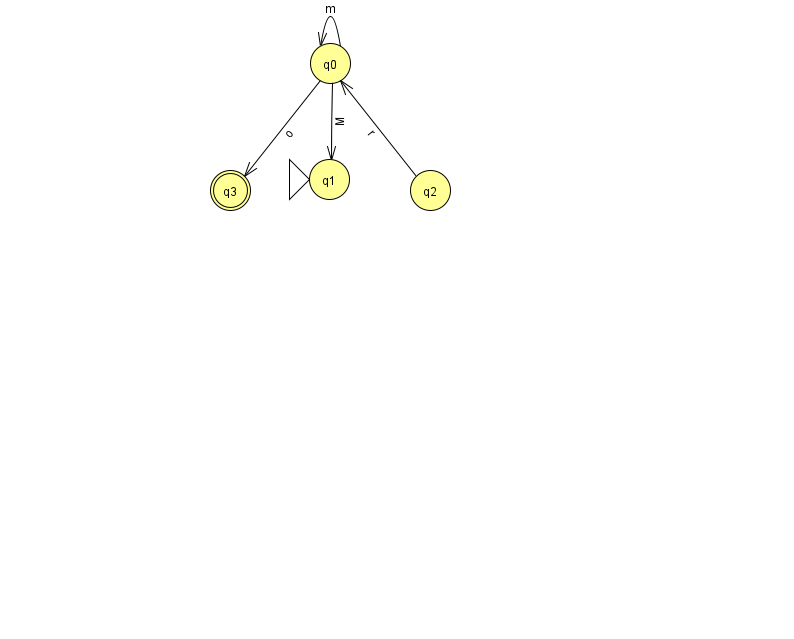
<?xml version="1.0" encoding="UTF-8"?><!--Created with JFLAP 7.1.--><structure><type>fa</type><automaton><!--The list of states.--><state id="0" name="q0"><x>330.0</x><y>50.0</y></state><state id="1" name="q1"><x>329.0</x><y>166.0</y><initial/></state><state id="2" name="q2"><x>430.0</x><y>177.0</y></state><state id="3" name="q3"><x>230.0</x><y>177.0</y><final/></state><!--The list of transitions.--><transition><from>2</from><to>0</to><read>r</read></transition><transition><from>0</from><to>3</to><read>o</read></transition><transition><from>0</from><to>1</to><read>M</read></transition><transition><from>0</from><to>0</to><read>m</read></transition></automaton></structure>